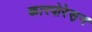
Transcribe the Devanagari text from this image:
कारपोरेस़न